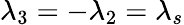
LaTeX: \lambda_{3}=-\lambda_{2}=\lambda_{s}